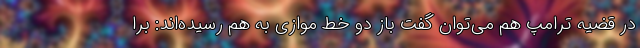
در قضیه ترامپ هم می‌توان گفت باز دو خط موازی به هم رسیده‌اند: برا